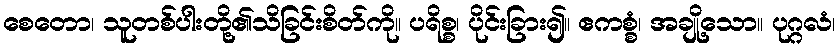
စေတော၊ သူတစ်ပါးတို့၏သိခြင်းစိတ်ကို။ ပရိစ္စ၊ ပိုင်းခြား၍။ ဧကစ္စံ၊ အချို့သော။ ပုဂ္ဂလံ၊